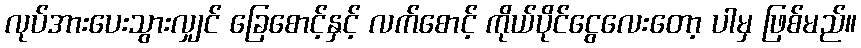
လုပ်အားပေးသွားလျှင် ခြေစောင့်နှင့် လက်စောင့် ကိုယ်ပိုင်ငွေလေးတော့ ပါမှ ဖြစ်မည်။